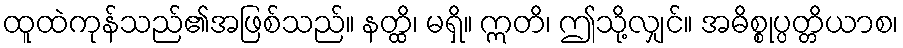
ထူထဲကုန်သည်၏အဖြစ်သည်။ နတ္ထိ၊ မရှိ။ ဣတိ၊ ဤသို့လျှင်။ အဓိစ္စုပ္ပတ္တိယာစ၊